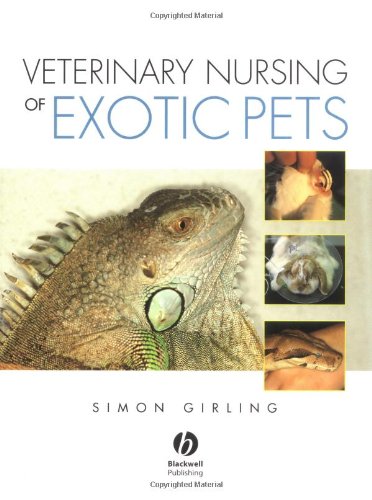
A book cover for Veterinary Nursing of Exotic Pets; Simon J. Girling; Medical Books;